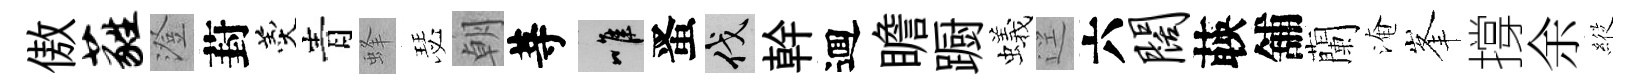
傲蕤澄葑羹青蜂瑟朝䓁唯󱉠伐幹逥瞻蹰蟻逕六阔𦴤舖蘭淹峯撐余𦂵